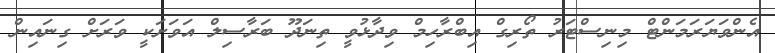
އެންވަޔަރަމަންޓް މިނިސްޓަރު ތޯރިގް އިބްރާހިމް ވިދާޅުވީ ތިނަދޫ ބަރާސިލް އަވަށަކީ ވަރަށް ގިނައިން